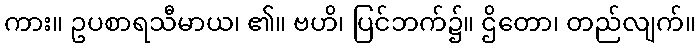
ကား။ ဥပစာရသီမာယ၊ ၏။ ဗဟိ၊ ပြင်ဘက်၌။ ဌိတော၊ တည်လျက်။